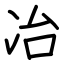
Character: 冶